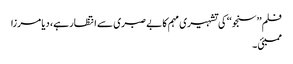
فلم ’’سنجو‘‘ کی تشہیری مہم کا بے صبری سے انتظار ہے، دیا مرزا
ممبئی ۔